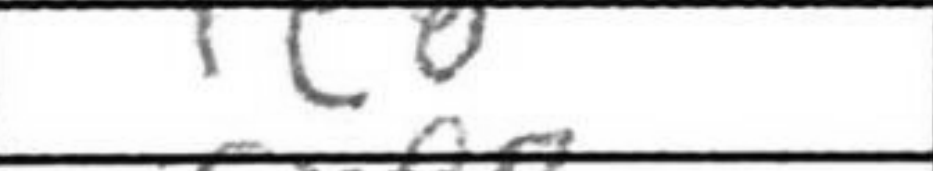
Transcription: Rc8